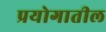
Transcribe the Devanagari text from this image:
प्रयोगातील